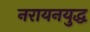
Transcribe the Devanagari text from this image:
नरायनयुद्ध